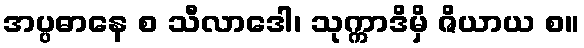
အပ္ပဓာနေ စ သီလာဒေါ၊ သုက္ကာဒိမှိ ဇိယာယ စ။